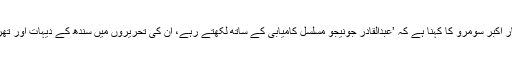
سندھی زبان کے افسانہ نویس و ناول نگار اکبر سومرو کا کہنا ہے کہ ’عبدالقادر جونیجو مسلسل کامیابی کے ساتھ لکھتے رہے، ان کی تحریروں میں سندھ کے دیہات اور تھر کی مٹی کی خوشبو محسوس ہوتی تھی۔